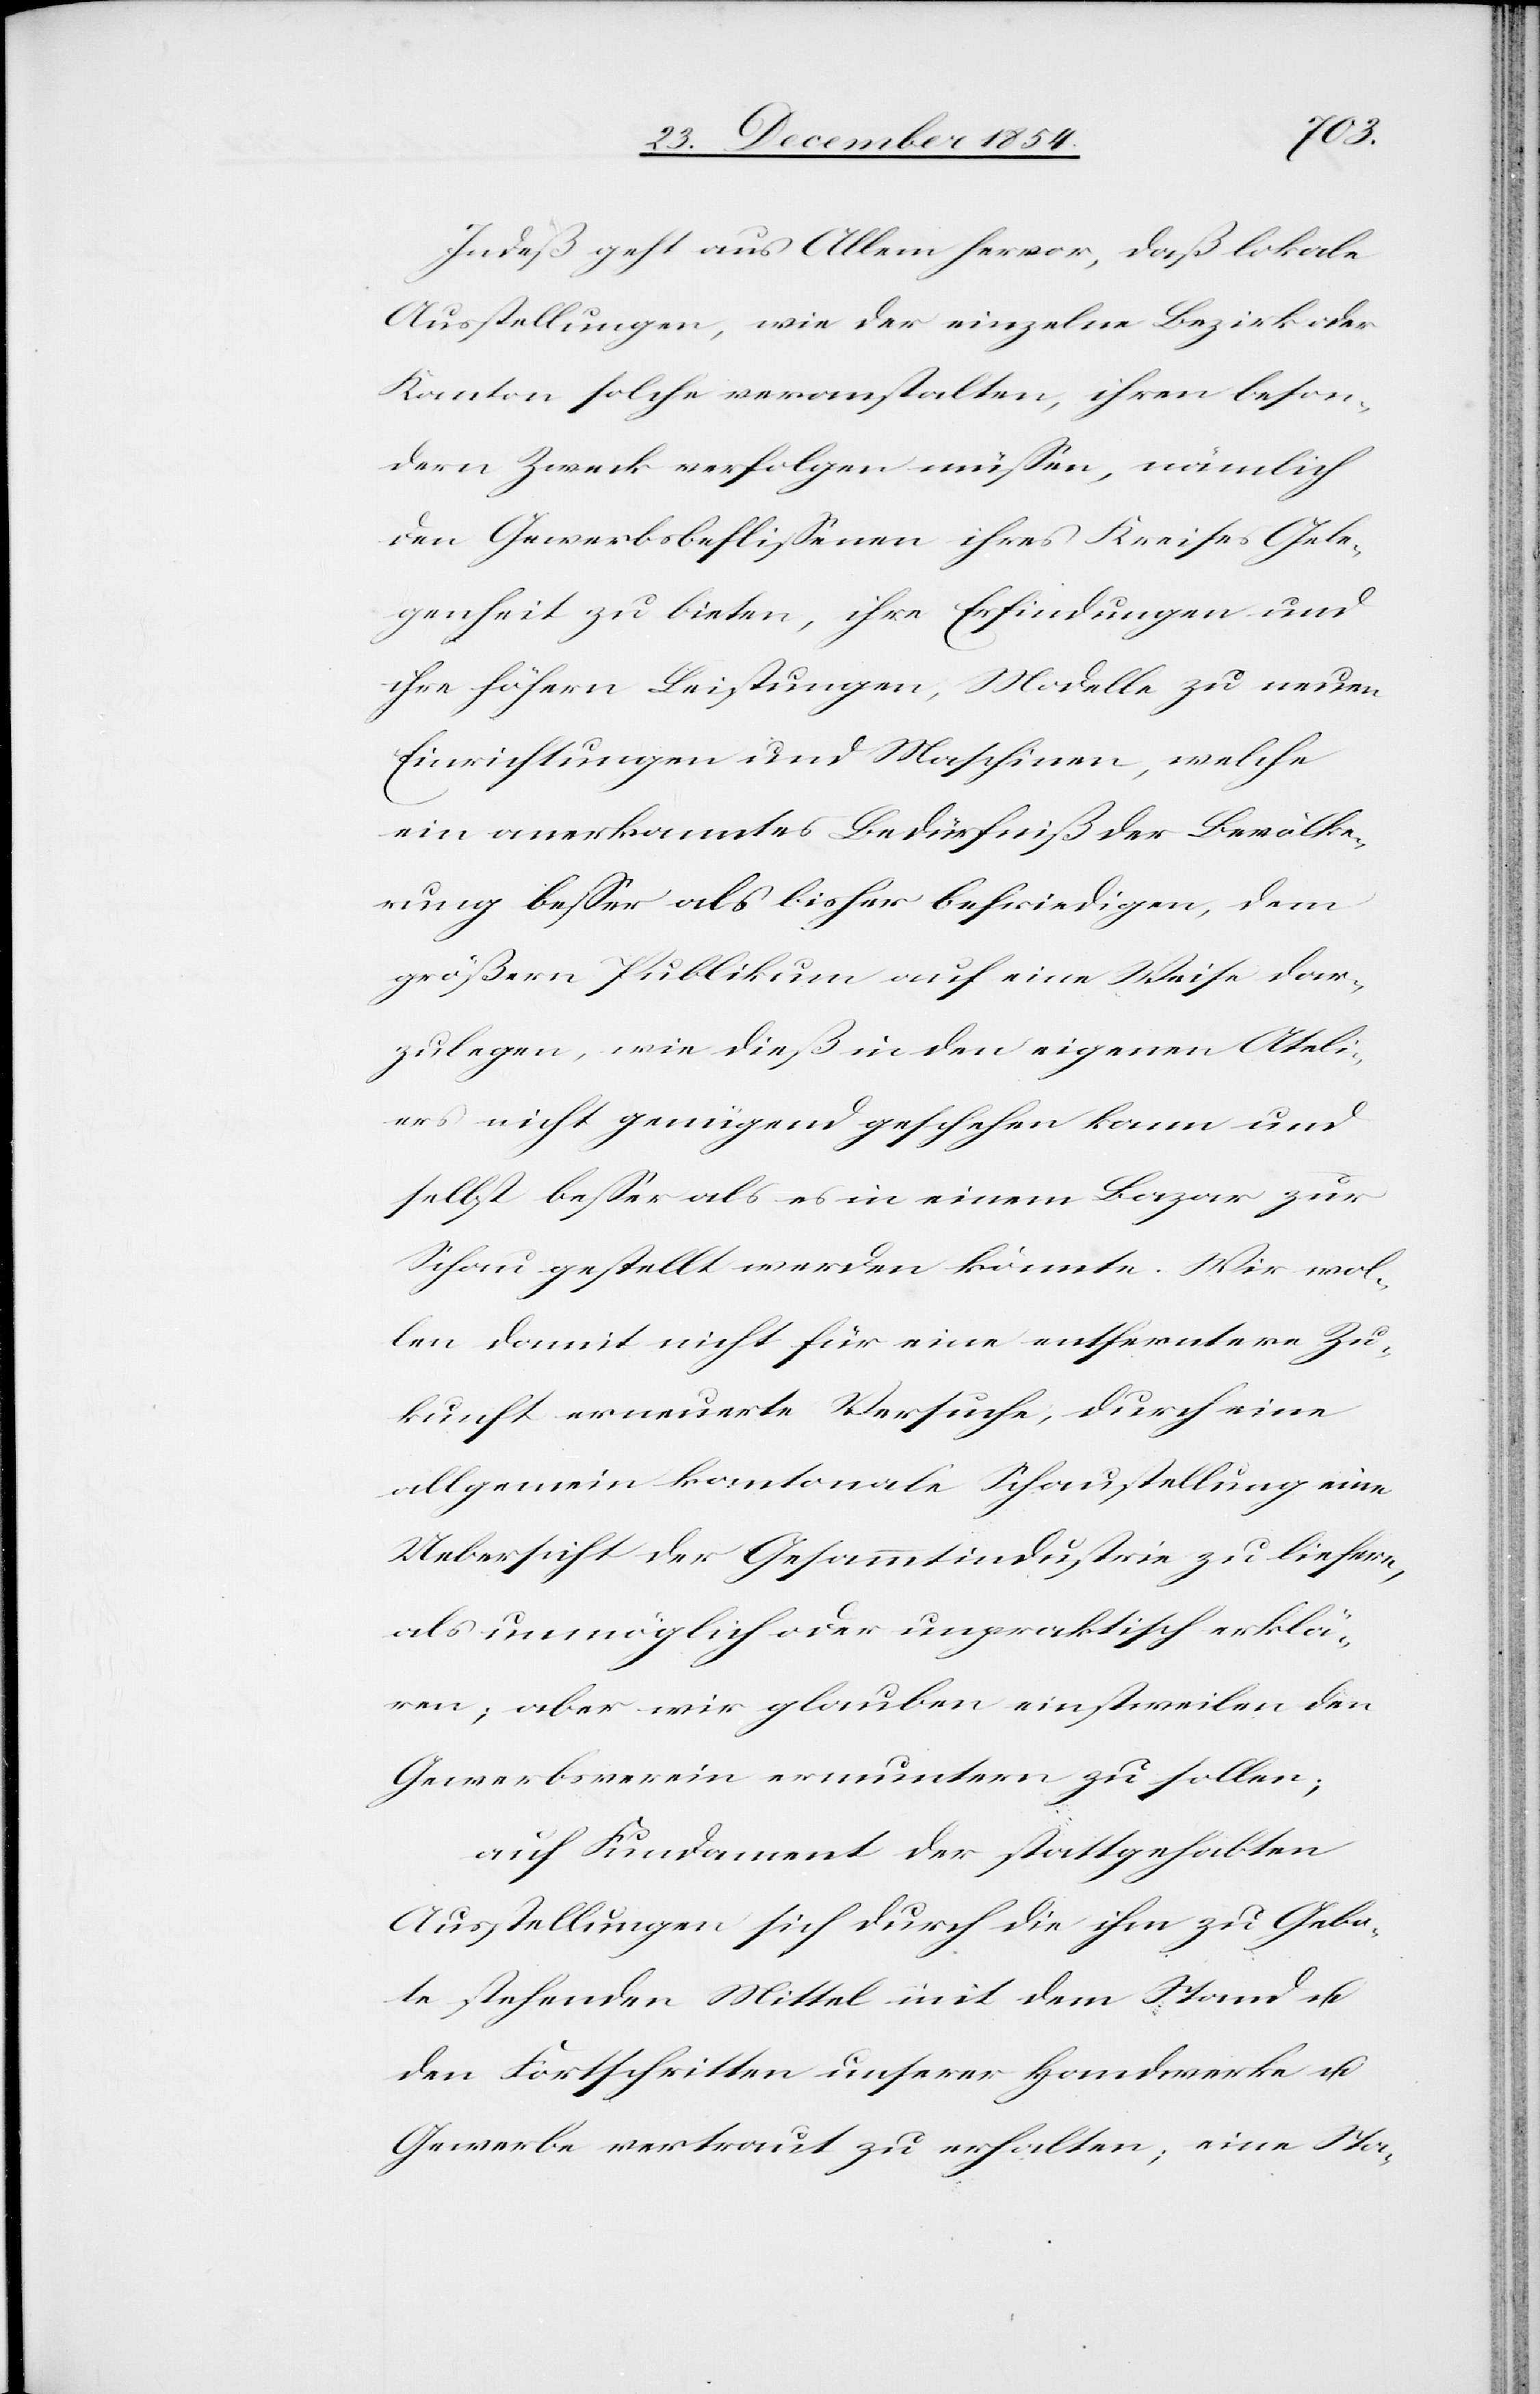
Indeß geht aus Allem hervor, daß lokale
Ausstellungen, wie der einzelne Bezirk oder
Kanton solche veranstalten, ihren beson¬
dern Zweck verfolgen müßen, nämlich
den Gewerbsbeflißenen ihres Kreises Gele¬
genheit zu bieten, ihre Erfindungen und
ihre höhern Leistungen, Modelle zu neuen
Einrichtungen und Maschinen, welche
ein anerkanntes Bedürfniß der Bevölke¬
rung beßer als bisher befriedigen, dem
größern Publikum auf eine Weise dar¬
zulegen, wie dieß in den eigenen Ateli¬
ers nicht genügend geschehen kann und
selbst beßer als es in einem Bazar zur
Schau gestellt werden könnte. Wir wol¬
len damit nicht für eine entferntere Zu¬
kunft erneuerte Versuche, durch eine
allgemein kantonale Schaustellung eine
Uebersicht der Gesammtindustrie zu liefern,
als unmöglich oder unpraktisch erklä¬
ren; aber wir glauben einstweilen den
Gewerbsverein ermuntern zu sollen;
auf Fundament der stattgehabten
Ausstellungen sich durch die ihm zu Gebo¬
te stehenden Mittel mit dem Stand u.
den Fortschritten unserer Handwerke u.
Gewerbe vertraut zu erhalten; eine Sta-